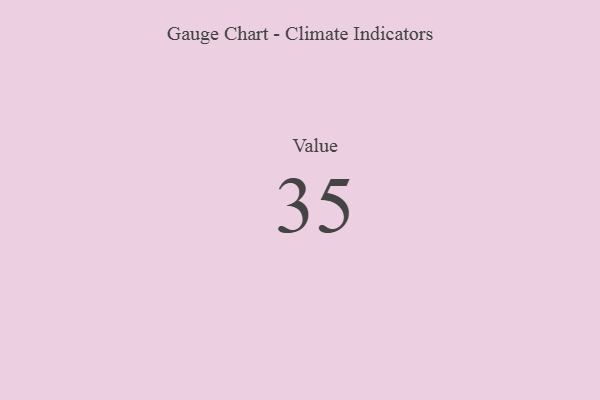
{"axis": {"x": "Metric", "y": "Value"}, "legend": [""], "data": [{"x": "Value", "y": 35, "type": ""}]}